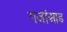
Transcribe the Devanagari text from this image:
गजांआड